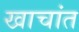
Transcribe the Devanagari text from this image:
खाचांत